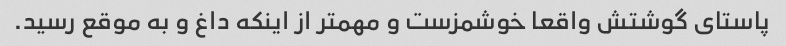
پاستای گوشتش واقعا خوشمزست و مهمتر از اینکه داغ و به موقع رسید.